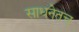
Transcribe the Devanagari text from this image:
साधनेतच